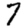
Digit: 7